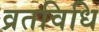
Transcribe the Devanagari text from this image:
व्रतविधि